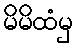
မိမိထံမှ